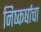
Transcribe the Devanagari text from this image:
निष्कर्षाचा